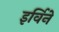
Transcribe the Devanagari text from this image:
इर्विने